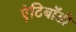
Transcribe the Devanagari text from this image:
एंटिबॉडी